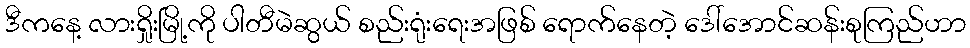
ဒီကနေ့ လားရှိုးမြို့ကို ပါတီမဲဆွယ် စည်းရုံးရေးအဖြစ် ရောက်နေတဲ့ ဒေါ်အောင်ဆန်းစုကြည်ဟာ